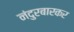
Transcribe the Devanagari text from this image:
नंदुरबारकर